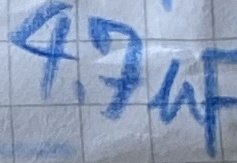
Text: 4,7µF